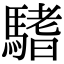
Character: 𩥂